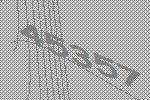
45357